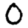
Digit: 0